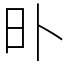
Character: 𣅃